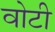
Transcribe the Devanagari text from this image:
वोटी